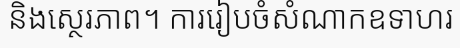
និងស្ថេរភាព។ ការរៀបចំសំណាកឧទាហរ